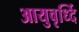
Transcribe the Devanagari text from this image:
आयुवृर्ध्दि